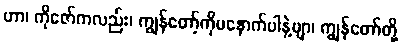
ဟာ၊ ကိုဇော်ကလည်း၊ ကျွန်တော့်ကိုမနောက်ပါနဲ့ဗျာ၊ ကျွန်တော်တို့